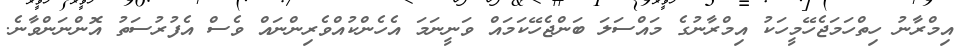
އިމްރާނު ހިތްހަމަޖެހޭމީހަކު އިމްރާނުގެ މައްސަލަ ބަންޖެހޭކަމައް ވަނީނަމަ އެހެންކުއްވެރިންނައް ވެސް އެފުރުސަތު އޮންނަންވާނެ.